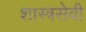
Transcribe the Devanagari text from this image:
शास्त्रसेवी